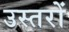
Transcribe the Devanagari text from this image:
उस्तरों